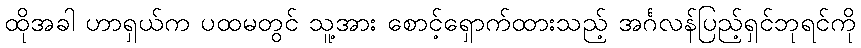
ထိုအခါ ဟာရှယ်က ပထမတွင် သူ့အား စောင့်ရှောက်ထားသည့် အင်္ဂလန်ပြည့်ရှင်ဘုရင်ကို